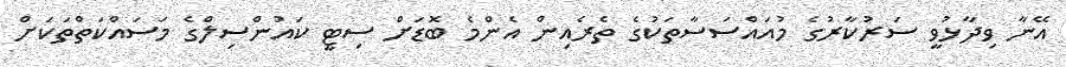
އޭނާ ވިދާޅުވީ ސަރުކާރުގެ މުއައްސަސާތަކުގެ ތެރެއިން އެންމެ ބޮޑަށް ސިޓީ ކައުންސިލްގެ މަސައްކަތްތަކަށް